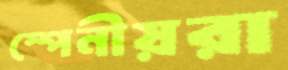
স্পেনীয়রা